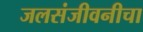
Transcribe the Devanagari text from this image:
जलसंजीवनीचा